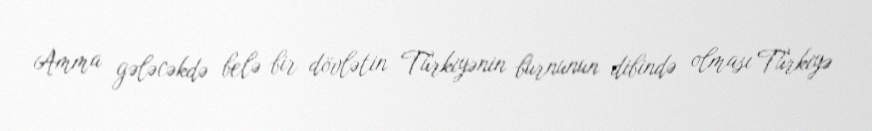
Amma gələcəkdə belə bir dövlətin Türkiyənin burnunun dibində olması Türkiyə